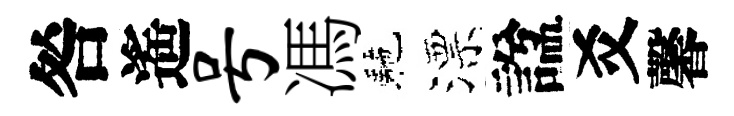
咎遙号馮駰漂諡爻馨